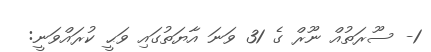
1- ސޫރަތުއް ނޫރް ގެ 31 ވަނަ އާޔަތުގައި ވަޙީ ކުރައްވަނީ: